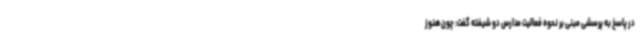
در پاسخ به پرسشی مبنی بر نحوه فعالیت مدارس دو شیفته گفت: چون هنوز